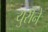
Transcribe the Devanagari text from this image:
युरीने